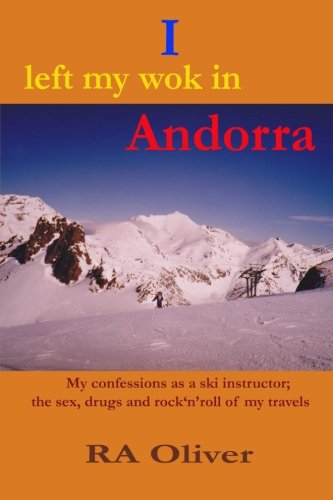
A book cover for I left my wok in andorra; RA Oliver; Travel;